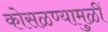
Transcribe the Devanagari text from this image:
कोसळण्यामुळीं